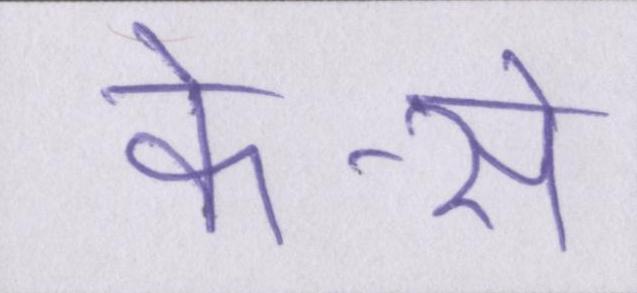
के-से